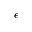
\epsilon